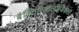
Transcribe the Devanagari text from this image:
बैक्टिरिओलॉजिकल